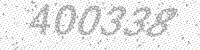
Solution: 400338